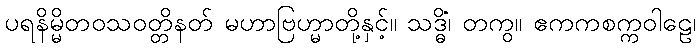
ပရနိမ္မိတဝသဝတ္တိနတ် မဟာဗြဟ္မာတို့နှင့်။ သဒ္ဓိံ၊ တကွ။ ဧကကစက္ကဝါဠေ၊